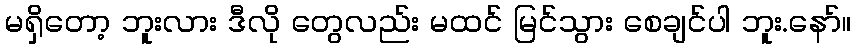
မရှိတော့ ဘူးလား ဒီလို တွေလည်း မထင် မြင်သွား စေချင်ပါ ဘူး.နော်။